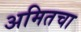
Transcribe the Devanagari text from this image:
अमितचा